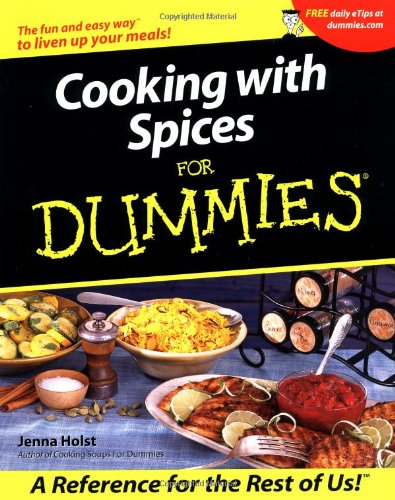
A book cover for Cooking with Spices For Dummies; Jenna Holst; Cookbooks, Food & Wine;